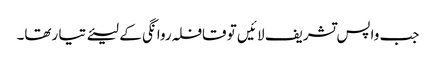
جب واپس تشریف لا ئیں تو قافلہ روا نگی کے لیئے تیا رتھا۔